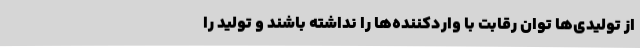
از تولیدی‌ها توان رقابت با واردکننده‌ها را نداشته باشند و تولید را